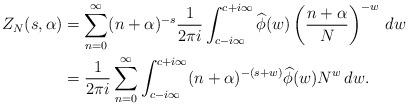
LaTeX: \begin{align*}Z_N(s,\alpha)&= \sum_{n=0}^{\infty} (n+\alpha)^{-s} \frac{1}{2\pi i} \int_{c-i \infty}^{c+i \infty} \widehat{\phi}(w) \left(\frac{n+\alpha}{N}\right)^{-w} \,dw \\&= \frac{1}{2\pi i} \sum_{n=0}^{\infty} \int_{c-i \infty}^{c+i \infty} (n+\alpha)^{-(s+w)} \widehat{\phi}(w) N^w \,dw. \end{align*}